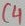
Text: C4